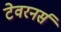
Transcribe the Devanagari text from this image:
टेवरनर्स